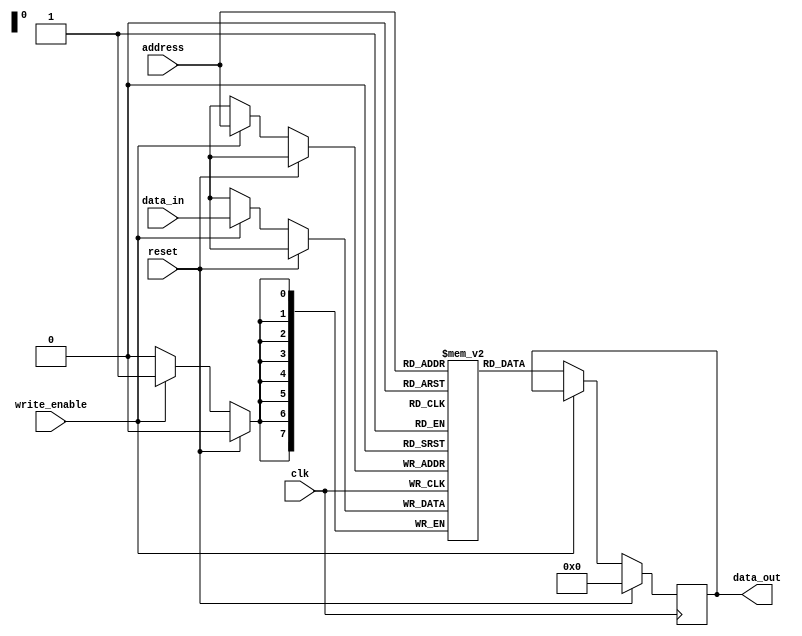
module MRAM (
    input wire clk,
    input wire reset,
    input wire write_enable,
    input wire [7:0] address,
    input wire [7:0] data_in,
    output reg [7:0] data_out
);

reg [7:0] memory_array [0:255]; // 256 MRAM cells

always @(posedge clk) begin
    if (reset) begin
        data_out <= 8'h00;
    end else if (write_enable) begin
        memory_array[address] <= data_in;
    end else begin
        data_out <= memory_array[address];
    end
end

endmodule